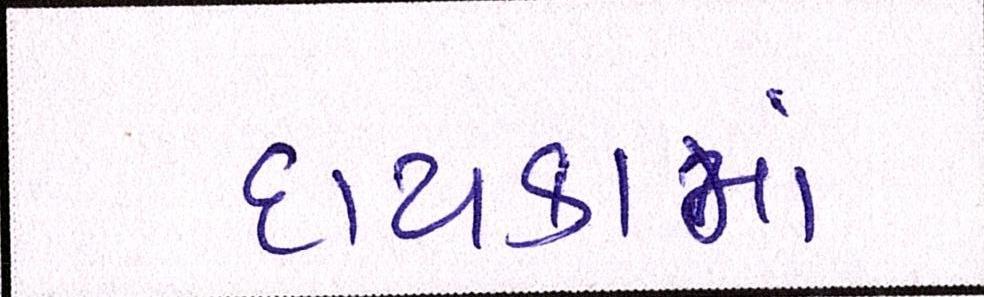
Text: દાયકામાં